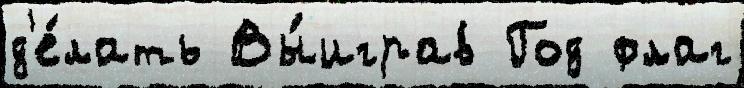
д'е́лать Вы́играв Год флаг